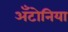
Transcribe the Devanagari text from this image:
अँटोनिया